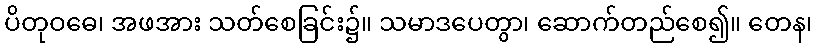
ပိတုဝဓေ၊ အဖအား သတ်စေခြင်း၌။ သမာဒပေတွာ၊ ဆောက်တည်စေ၍။ တေန၊